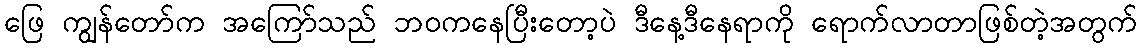
ဖြေ ကျွန်တော်က အကြော်သည် ဘဝကနေပြီးတော့ပဲ ဒီနေ့ဒီနေရာကို ရောက်လာတာဖြစ်တဲ့အတွက်